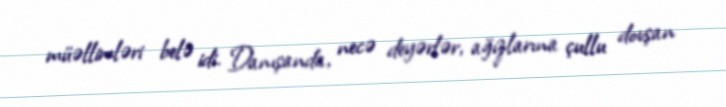
müəllimləri belə idi. Danışanda, necə deyərlər, ağızlarına çullu dovşan